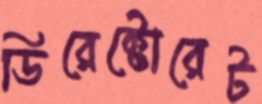
ডিরেক্টোরেট